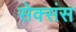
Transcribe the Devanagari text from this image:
सेक्संस